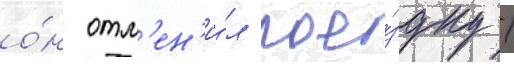
о́н отм'ен'и́л пое́здку /